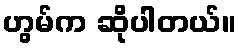
ဟွမ်က ဆိုပါတယ်။